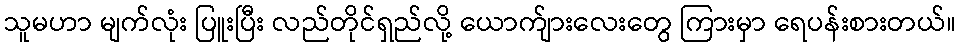
သူမဟာ မျက်လုံး ပြူးပြီး လည်တိုင်ရှည်လို့ ယောက်ျားလေးတွေ ကြားမှာ ရေပန်းစားတယ်။